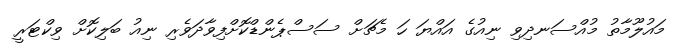
މައުލޫމާތު މުއްސަނދިވި ނިއުގެ އައްޔަ ހަ މެޗަށް ސަސްޕެންޑްކޮށްފިވާދަވެރި ނިއު ބަލިކޮށް ވިކްޓަރީ